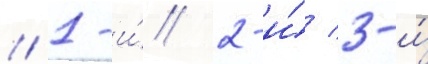
// 1-и́/ 2-и́/ 3-и́